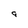
Character: 9